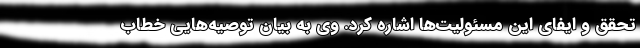
تحقق و ایفای این مسئولیت‌ها اشاره کرد. وی به بیان توصیه‌هایی خطاب